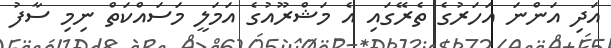
އަދި އަންނަ އަހަރުގެ ތެރޭގައި އެ މަޝްރޫއުގެ އަމަލީ މަސައްކަތް ނިމި ސާފު